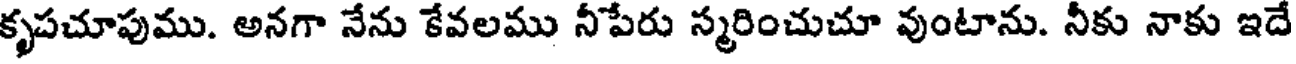
కృపచూపుము. అనగా నేను కేవలము నీపేరు స్మరించుచూ వుంటాను. నీకు నాకు ఇదే